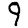
Digit: 9